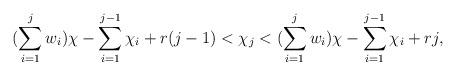
LaTeX: \begin{align*}(\sum\limits_{i=1}^j w_i)\chi - \sum\limits_{i=1}^{j-1}\chi_i + r(j-1) < \chi_j < (\sum\limits_{i=1}^j w_i)\chi - \sum\limits_{i=1}^{j-1}\chi_i + rj,\end{align*}